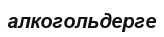
алкогольдерге